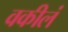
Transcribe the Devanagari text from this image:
वकीलं